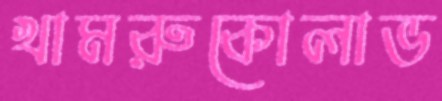
খামরুকোলাভ